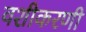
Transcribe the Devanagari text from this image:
वशीकरणी